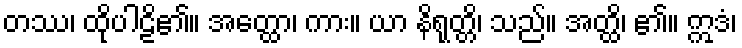
တဿ၊ ထိုပါဠိ၏။ အတ္ထော၊ ကား။ ယာ နိရုတ္တိ၊ သည်။ အတ္ထိ၊ ၏။ ဣဒံ၊